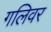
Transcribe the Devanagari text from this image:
गलिवर